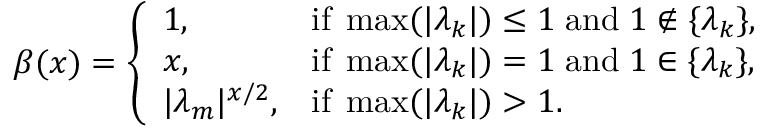
\beta ( x ) = \left\{ \begin{array} { l l } { 1 , } & { \mathrm { i f } \; \operatorname* { m a x } ( | \lambda _ { k } | ) \le 1 \; \mathrm { a n d } \; 1 \notin \{ \lambda _ { k } \} , } \\ { x , } & { \mathrm { i f } \; \operatorname* { m a x } ( | \lambda _ { k } | ) = 1 \; \mathrm { a n d } \; 1 \in \{ \lambda _ { k } \} , } \\ { | \lambda _ { m } | ^ { x / 2 } , } & { \mathrm { i f } \; \operatorname* { m a x } ( | \lambda _ { k } | ) > 1 . } \end{array} \right.